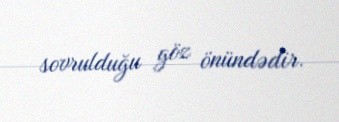
sovrulduğu göz önündədir.